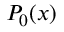
P _ { 0 } ( x )